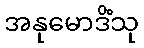
အနုမောဒိံသု